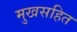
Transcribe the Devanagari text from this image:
मुखसहित